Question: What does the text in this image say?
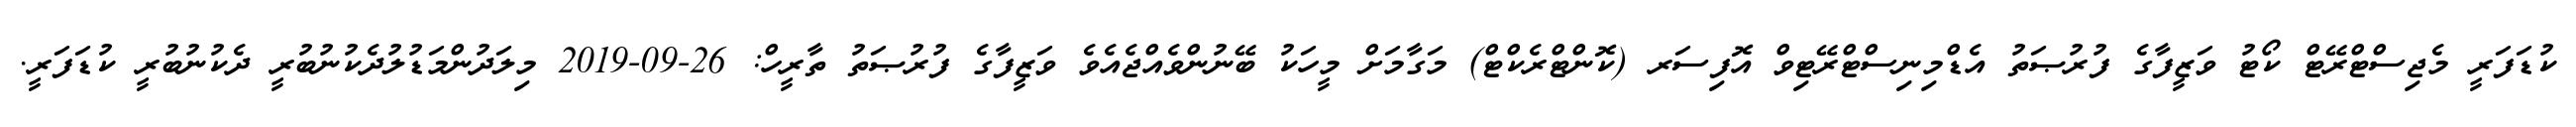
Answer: ކުޑަފަރީ މެޖިސްޓްރޭޓް ކޯޓު ވަޒީފާގެ ފުރުޞަތު އެޑްމިނިސްޓްރޭޓިވް އޮފިސަރ (ކޮންޓްރެކްޓް) މަގާމަށް މީހަކު ބޭނުންވެއްޖެއެވެ ވަޒީފާގެ ފުރުޞަތު ތާރީހް: 26-09-2019 މިލަދުންމަޑުލުދެކުނުބުރީ ދެކުނުބުރީ ކުޑަފަރީ.